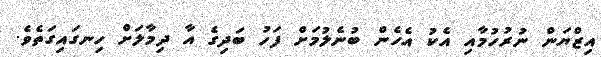
އިޒްޔަން ނުރުހުމާއި އެކު އެހެން ބުނެލުމަށް ފަހު ބަދިގެ އާ ދިމާލަށް ހިނގައިގަތެވެ.